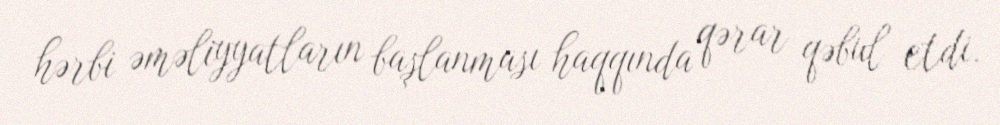
hərbi əməliyyatların başlanması haqqında qərar qəbul etdi.